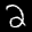
Label: 2